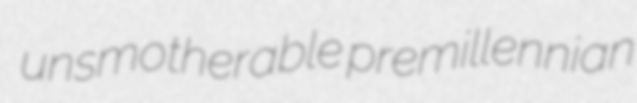
unsmotherable premillennian